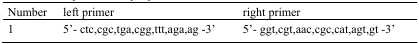
| Number | left primer | right primer |
 | --- | --- | --- |
 | 1 | 5’- ctc,cgc,tga,cgg,ttt,aga,ag -3’ | 5’- ggt,cgt,aac,cgc,cat,agt,gt -3’ |